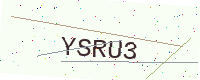
Text: YSRU3